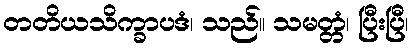
တတိယသိက္ခာပဒံ၊ သည်။ သမတ္တံ၊ ပြီးပြီ၊